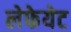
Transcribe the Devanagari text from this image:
लेफेयेट